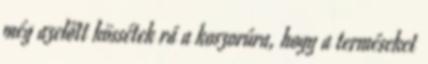
még azelőtt kössétek rá a koszorúra, hogy a terméseket